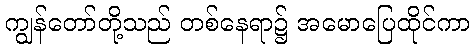
ကျွန်တော်တို့သည် တစ်နေရာ၌ အမောပြေထိုင်ကာ